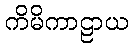
ကိမိကာဠာယ